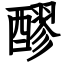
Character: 醪